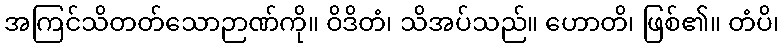
အကြင်သိတတ်သောဉာဏ်ကို။ ဝိဒိတံ၊ သိအပ်သည်။ ဟောတိ၊ ဖြစ်၏။ တံပိ၊